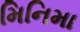
મિનિમા